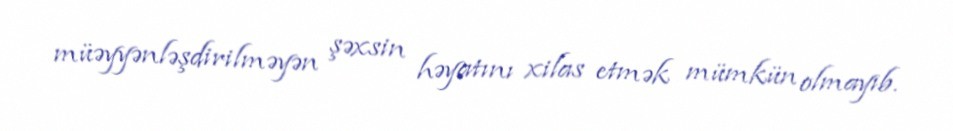
müəyyənləşdirilməyən şəxsin həyatını xilas etmək mümkün olmayıb.